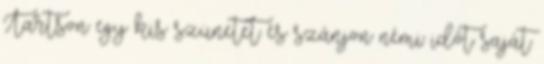
Tartson egy kis szünetet és szánjon némi időt saját